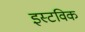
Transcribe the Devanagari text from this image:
इस्टविक